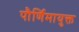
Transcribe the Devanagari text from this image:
पौर्णिमायुक्त